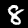
Label: 8